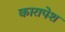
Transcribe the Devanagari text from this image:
कारापेश